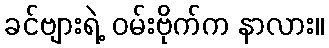
ခင်ဗျားရဲ့ ဝမ်းဗိုက်က နာလား။